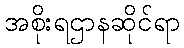
အစိုးရဌာနဆိုင်ရာ